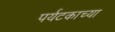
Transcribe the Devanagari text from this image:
पर्यटकाच्या